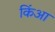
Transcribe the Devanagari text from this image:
किंआ